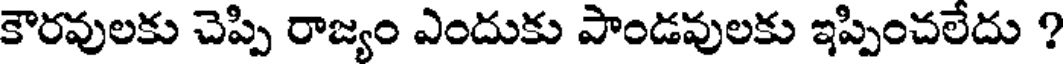
కౌరవులకు చెప్పి రాజ్యం ఎందుకు పాండవులకు ఇప్పించలేదు ?